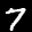
Label: 7